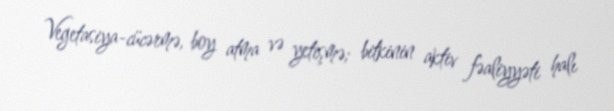
Vegetasiya-cücərmə, boy atma və yetişmə; bitkinin aktiv fəaliyyəti halı